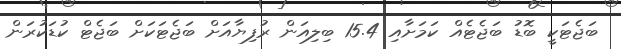
ބަޖެޓަކީ ބޮޑު ބަޖެޓެއް ކަމަށާއި 15.4 ބިލިއަން ރުފިޔާއަށް ބަޖެޓަކަށް ބަޖެޓް ކުޑަކުރަން